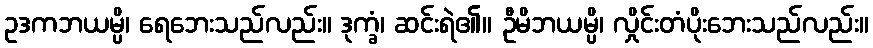
ဥဒကဘယမ္ပိ၊ ရေဘေးသည်လည်း။ ဒုက္ခံ၊ ဆင်းရဲ၏။ ဦမိဘယမ္ပိ၊ လှိုင်းတံပိုးဘေးသည်လည်း။